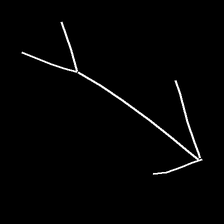
Glyph: gather